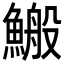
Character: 𩺪